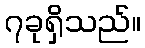
၇ခုရှိသည်။